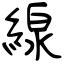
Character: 線